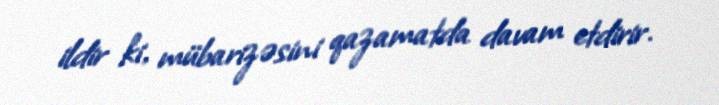
ildir ki, mübarizəsini qazamatda davam etdirir.